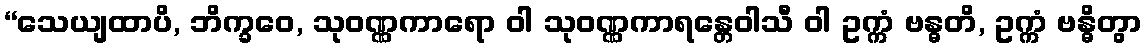
“သေယျထာပိ, ဘိက္ခဝေ, သုဝဏ္ဏကာရော ဝါ သုဝဏ္ဏကာရန္တေဝါသီ ဝါ ဥက္ကံ ဗန္ဓတိ, ဥက္ကံ ဗန္ဓိတွာ